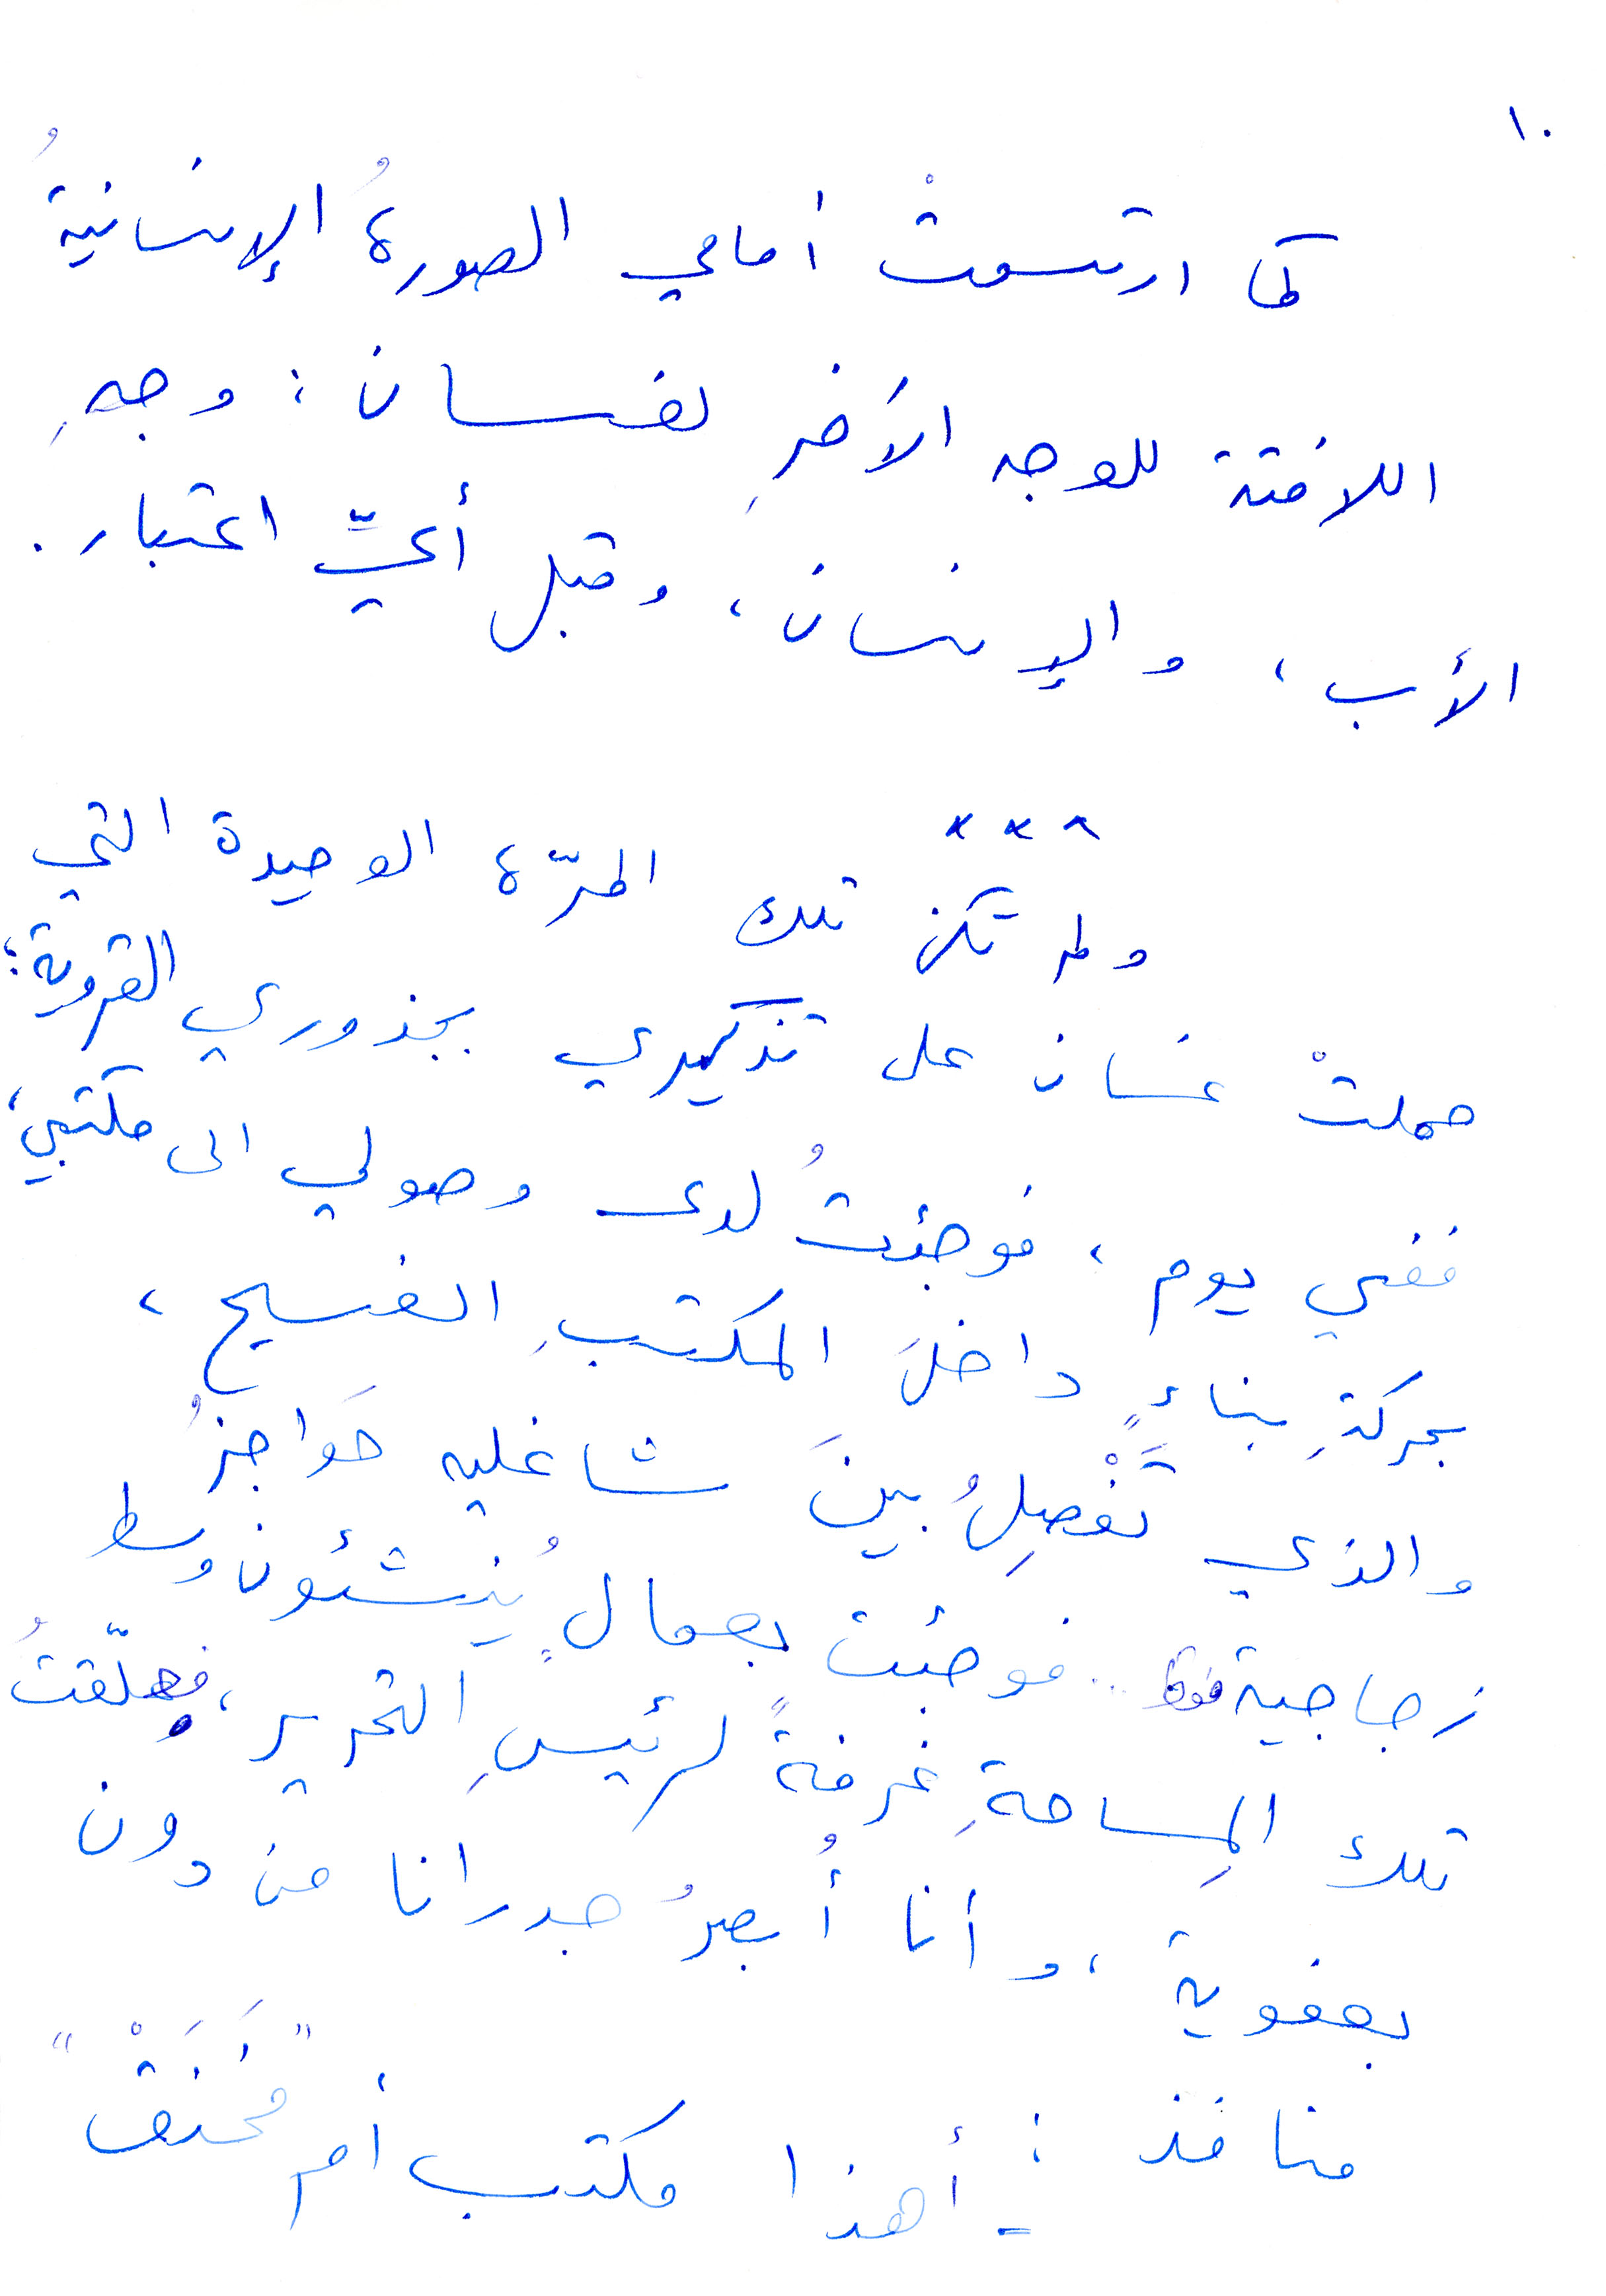
كما ارتسمت أمامي الصورة الإنسانية
اللافتة للوجه الآخر لغسان: وجه
الأب، والإنسان، وقبل أيّ اعتبار.
ولم تكن تلك المرّة الوحيدة التي
حملت غسان على تذكيري بجذوري القروية؛
ففي يوم، فوجئت لدى وصولي الى مكتبي،
بحركة بناء داخل المكتب الفسيح،
والذي تفصل بين شاغليه حواجز
زجاجية فقط....فوجئت بعمال ينشئون وسط
تلك المساحة غرفة لرئيس التحرير، فعلّقت
بعفوية، وأنا أبصر جدرانا من دون
منافذ:
أهذا مكتب أم "مَخنَق"